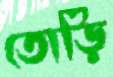
তোড়ি